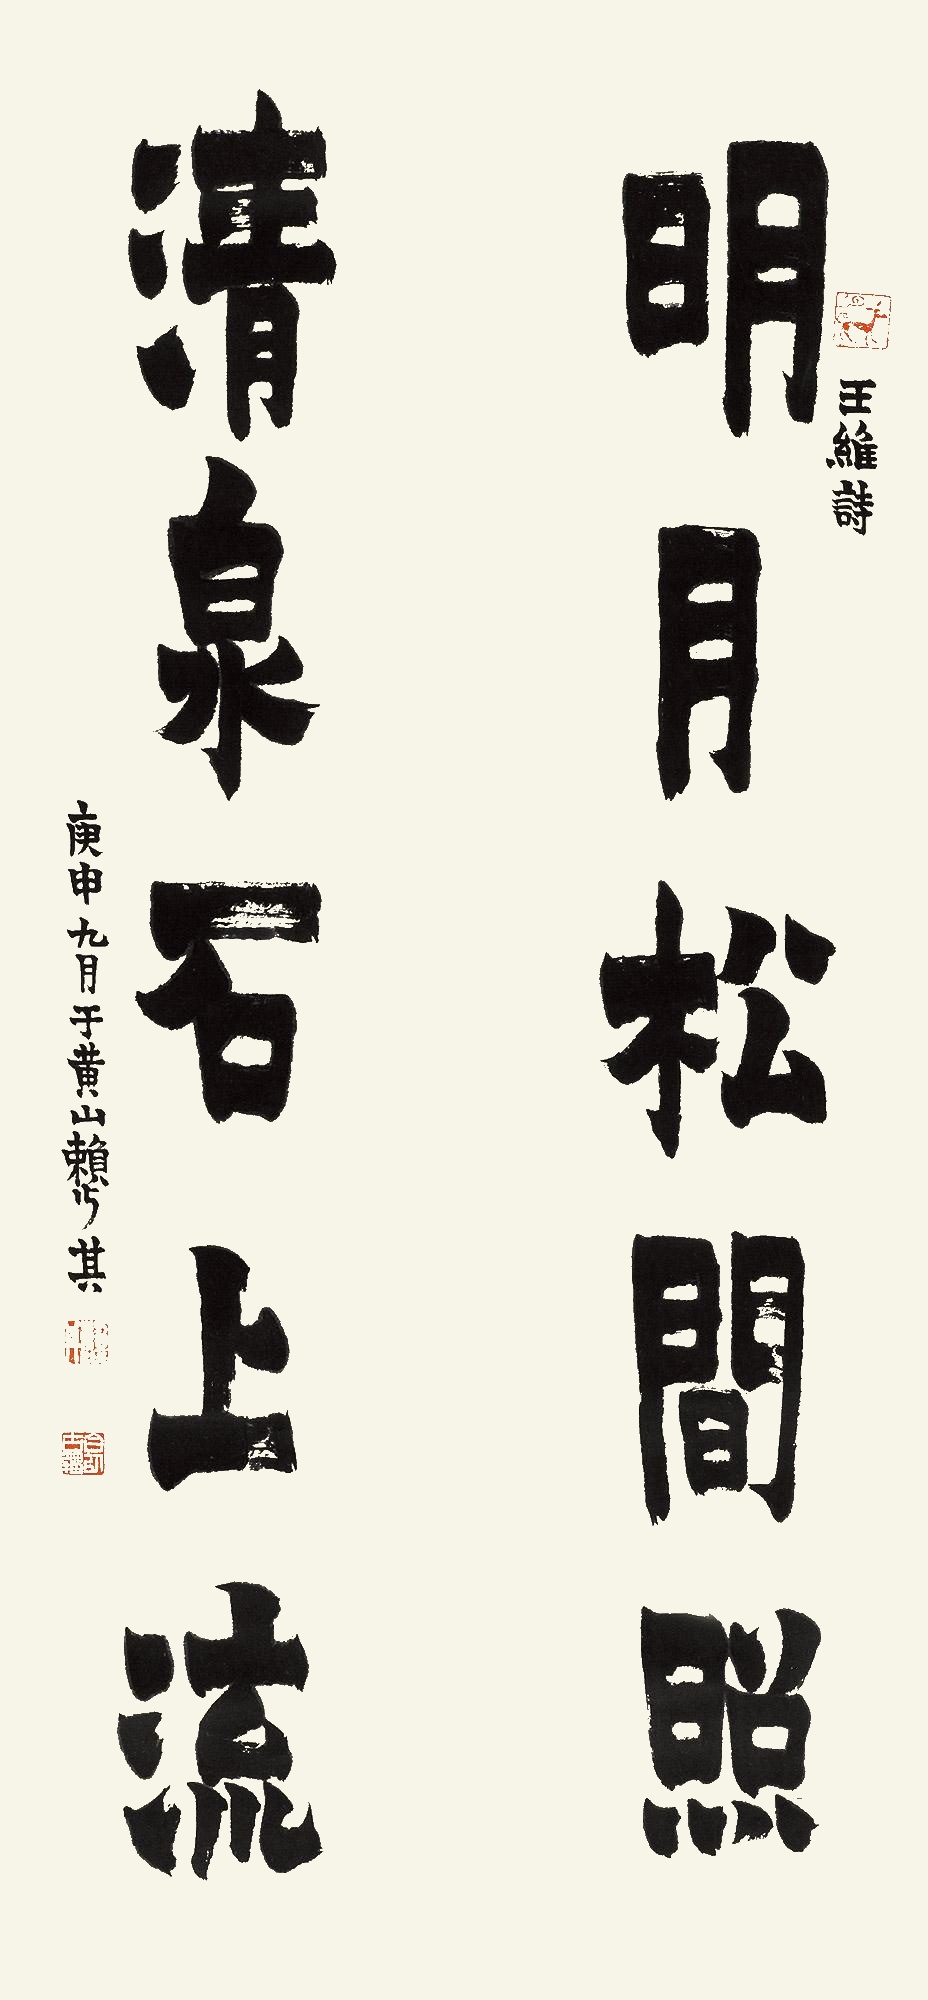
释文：明月松间照，清泉石上流。王维诗，庚申九月于黄山，赖少其。